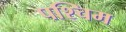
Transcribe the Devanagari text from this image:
पश्चिम